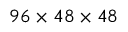
9 6 \times 4 8 \times 4 8